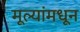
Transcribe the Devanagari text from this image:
मूल्‍यांमधून